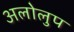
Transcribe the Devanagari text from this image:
अलोलुप